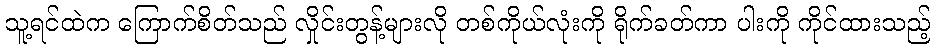
သူ့ရင်ထဲက ကြောက်စိတ်သည် လှိုင်းတွန့်များလို တစ်ကိုယ်လုံးကို ရိုက်ခတ်ကာ ပါးကို ကိုင်ထားသည့်